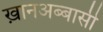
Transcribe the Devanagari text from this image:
ख़ानअब्बासी